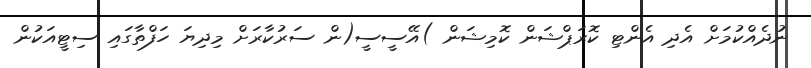
ނުދެއްކުމަށް އެދި އެންޓި ކޮރަޕްޝަން ކޮމިޝަން )އޭސީސީ(ން ސަރުކާރަށް މިދިޔަ ހަފްތާގައި ސިޓީއަކުން